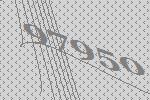
97950